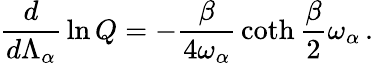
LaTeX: {\frac{d}{d\Lambda_{\alpha}}}\ln Q=-{\frac{\beta}{4\omega_{\alpha}}}\coth{\frac{\beta}{2}}\omega_{\alpha}\, .